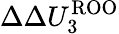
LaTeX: \Delta\Delta U_{3}^{\mathrm{ROO}}